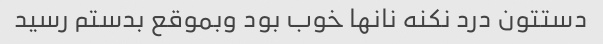
دستتون درد نکنه نانها خوب بود وبموقع بدستم رسید